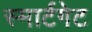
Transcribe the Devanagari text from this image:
स्मार्टगेट